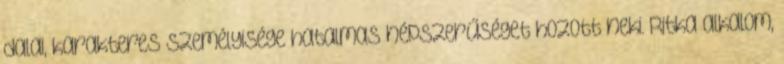
dalai, karakteres személyisége hatalmas népszerűséget hozott neki. Ritka alkalom,